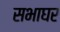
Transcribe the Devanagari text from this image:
सभाघर